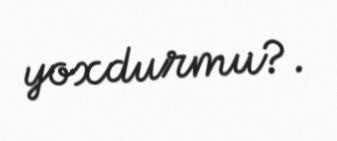
yoxdurmu?.